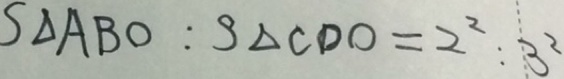
S _ { \Delta } A B O : S _ { \Delta } C D O = 2 ^ { 2 } : 3 ^ { 2 }